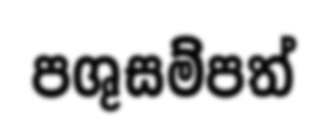
පශුසම්පත්